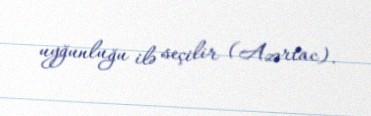
uyğunluğu ilə seçilir (Azərtac).